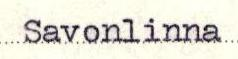
Savonlinna